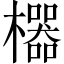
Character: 𱤱